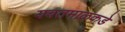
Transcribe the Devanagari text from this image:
यवतमाळकडे